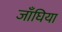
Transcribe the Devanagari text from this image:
जाँघिया